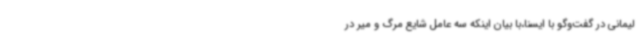
لیمانی در گفت‌وگو با ایسنا،با بیان اینکه سه عامل شایع مرگ و میر در